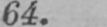
64.